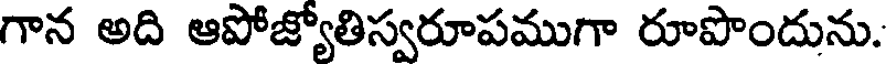
గాన అది ఆపోజ్యోతిస్వరూపముగా రూపొందును.